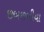
છબછબીયા